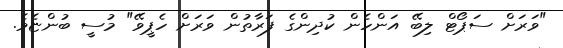
"ވަރަށް ސަޕޯޓް ލިބޭ އަންހެން ކުދިންގެ ފަރާތުން ވަރަށް ހެޕީވޭ" މުސީ ބުންޏެވެ.